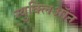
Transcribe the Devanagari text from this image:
न्युक्लिऑन